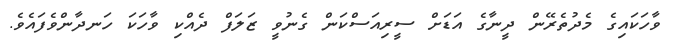
ވާހަކައިގެ މެދުތެރޭން ދީނާގެ އަޑަށް ސީރިއަސްކަން ގެނުވީ ޒަލަފް ދެއްކި ވާހަކަ ހަނދާންވެފައެވެ.